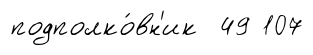
подполко́вн'ик 49 107